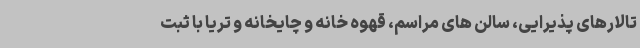
تالارهای پذیرایی، سالن های مراسم، قهوه خانه و چایخانه و تریا با ثبت